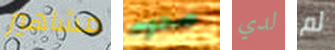
مشاهير صحوت لدي لم